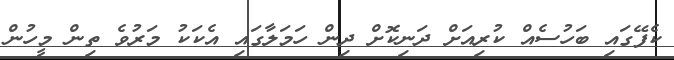
ކެފޭގައި ބަހުސެއް ކުރިއަށް ދަނިކޮށް ދިން ހަމަލާގައި އެކަކު މަރުވެ ތިން މީހުން